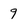
Character: 9